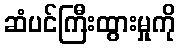
ဆံပင်ကြီးထွားမှုကို